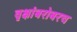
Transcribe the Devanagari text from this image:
वृक्षांबरोबरच